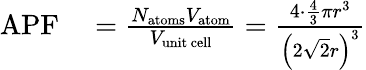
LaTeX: \begin{array}{rl}{\mathrm{APF}}&{{}={\frac{N_{\mathrm{atoms}}V_{\mathrm{atom}}}{V_{\mathrm{unit~cell}}}}={\frac{4\cdot{\frac{4}{3}}\pi r^{3}}{\left({2{\sqrt{2}}r}\right)^{3}}}}\end{array}